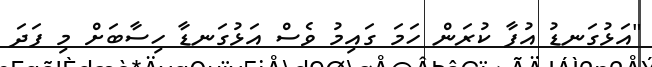
"އަޅުގަނޑު އުފާ ކުރަން ހަމަ ގައިމު ވެސް އަޅުގަނޑާ ހިސާބަށް މި ފަދަ